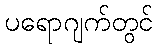
ပရောဂျက်တွင်